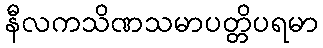
နီလကသိဏသမာပတ္တိပရမာ